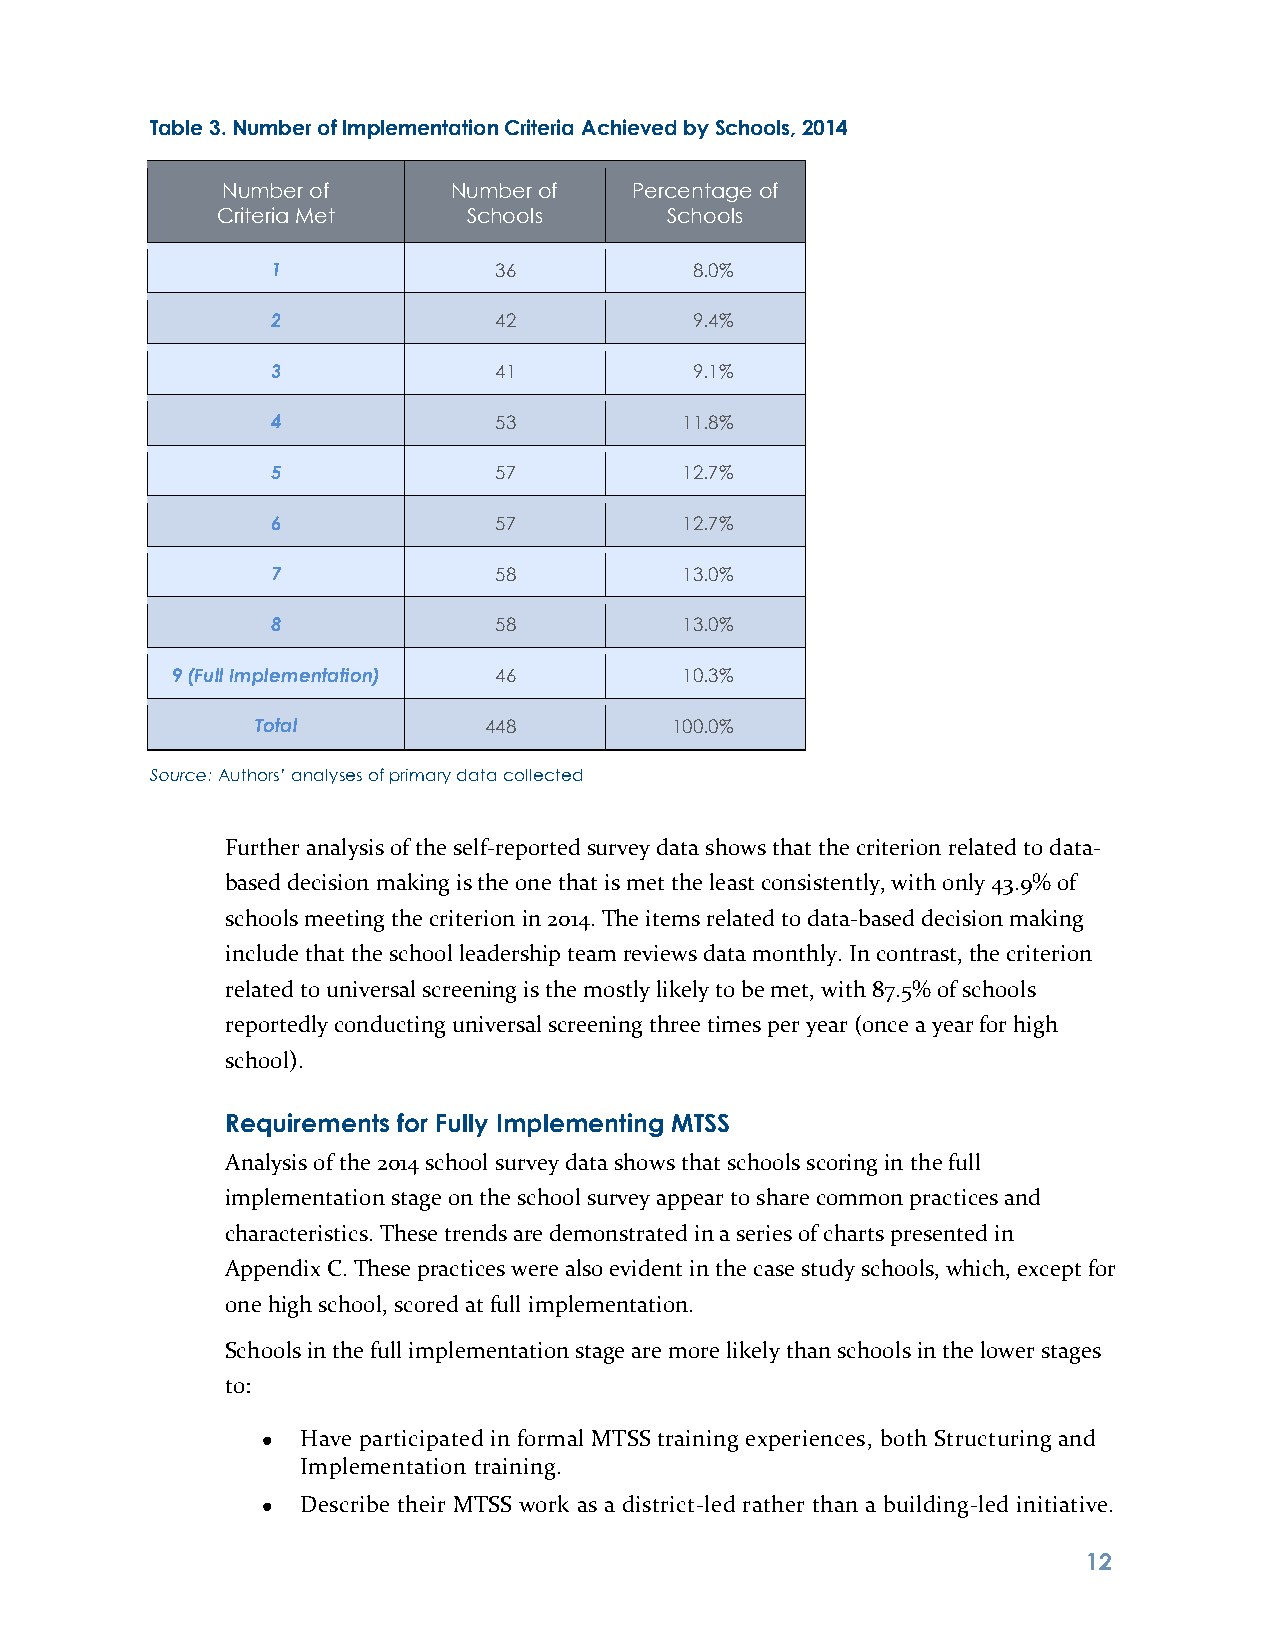
Table 3. Number of Implementation Criteria Achieved by Schools, 2014
 Number of      Number of   Percentage of
 Criteria Met     Schools      Schools
 1              36           8.0%
 2              42           9.4%
 3              41           9.1%
 4              53          11.8%
 5              57          12.7%
 6              57          12.7%
 7              58          13.0%
 8              58          13.0%
 9 (Full Implementation) 46        10.3%
 Total          448         100.0%
 Source: Authors’ analyses of primary data collected
 Further analysis of the self-reported survey data shows that the criterion related to data-
 based decision making is the one that is met the least consistently, with only 43.9% of
 schools meeting the criterion in 2014. The items related to data-based decision making
 include that the school leadership team reviews data monthly. In contrast, the criterion
 related to universal screening is the mostly likely to be met, with 87.5% of schools
 reportedly conducting universal screening three times per year (once a year for high
 school).
 Requirements for Fully Implementing MTSS
 Analysis of the 2014 school survey data shows that schools scoring in the full
 implementation stage on the school survey appear to share common practices and
 characteristics. These trends are demonstrated in a series of charts presented in
 Appendix C. These practices were also evident in the case study schools, which, except for
 one high school, scored at full implementation.
 Schools in the full implementation stage are more likely than schools in the lower stages
 to:
 Have participated in formal MTSS training experiences, both Structuring and
 Implementation training.
 Describe their MTSS work as a district-led rather than a building-led initiative.
 1 2